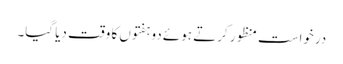
درخواست منظور کرتے ہوئے دو ہفتوں کا وقت دیا گیا۔